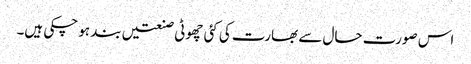
اس صورت حال سے بھارت کی کئی چھوٹی صنعتیں بند ہو چکی ہیں۔